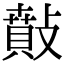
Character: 𢿠